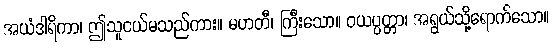
အယံဒါရိကာ၊ ဤသူငယ်မသည်ကား။ မဟတီ၊ ကြီးသော။ ဝယပ္ပတ္တာ၊ အရွယ်သို့ရောက်သော။